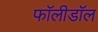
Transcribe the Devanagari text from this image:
फॉलीडॉल